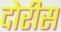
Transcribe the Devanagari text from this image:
दोरीस